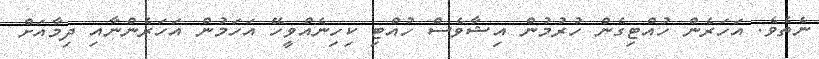
ނެތެވެ. އަހަރެން ހުއްޓިގެން ހުރުމުން އިޝާވެސް ހުއްޓި ކިހިނެއްވީހޭ އަހަމުން އަހަރެންނާއި ދިމާއަށް